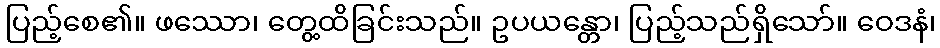
ပြည့်စေ၏။ ဖဿော၊ တွေ့ထိခြင်းသည်။ ဥပယန္တော၊ ပြည့်သည်ရှိသော်။ ဝေဒနံ၊